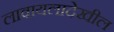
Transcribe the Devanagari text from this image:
लावायलादेखील